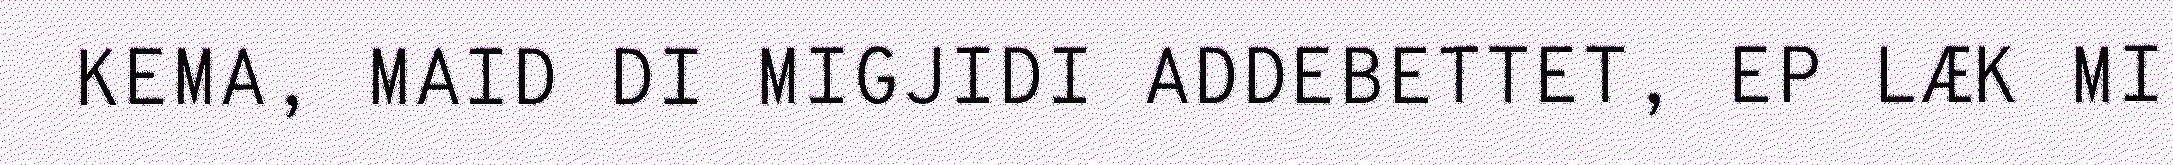
KEMA, MAID DI MIGJIDI ADDEBETTET, EP LÆK MI